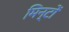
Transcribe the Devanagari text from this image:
मिन्टों